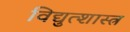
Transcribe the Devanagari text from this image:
विद्युत्शास्त्र